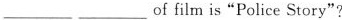
___ ___of film is "Police Story"?